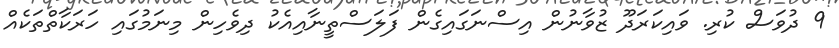
9 ދުވަސް ކުރި. ވައިކަރަދޫ ޒުވާނުން އިސްނަގައިގެން ފަލަސްތީނާއިއެކު ދިވެހިން މިނަމުގައި ހަރަކާތްތަކެއް